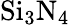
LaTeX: \mathrm{Si}_{3}\mathrm{N}_{4}